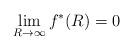
LaTeX: \begin{align*}\lim_{R\to\infty}f^*(R)=0\end{align*}